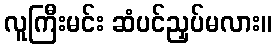
လူကြီးမင်း ဆံပင်ညှပ်မလား။